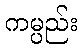
ကမ္ပည်း